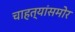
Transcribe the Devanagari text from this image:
चाहत्यांसमोर